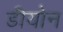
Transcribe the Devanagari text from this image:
डीयोन